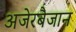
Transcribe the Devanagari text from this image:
अजेरबैजान